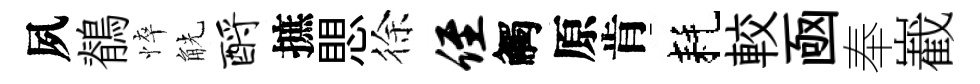
夙鶺悴觥酹摭愳徐侄觸原肯耗較凾奉嶻